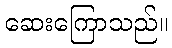
ဆေးကြောသည်။